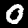
Digit: 0